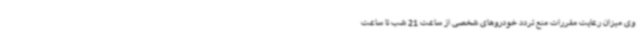
وی میزان رعایت مقررات منع تردد خودروهای شخصی از ساعت 21 شب تا ساعت